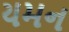
યમન